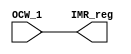
module IMR(OCW_1,IMR_reg);
  
  input [7:0]OCW_1 ;
  
  output reg [7:0] IMR_reg;
  
  //Control_logic control(.OCW_1(OCW_1));
  
  always@(OCW_1) begin
    IMR_reg<=OCW_1;
    
  end
endmodule